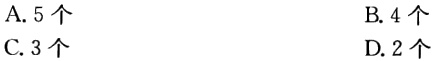
A. 5个
B. 4个
C. 3个
D. 2个